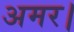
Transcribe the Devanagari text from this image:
अमर।